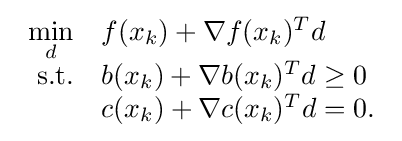
{\begin{array}{rl}\min \limits _{d}&f(x_{k})+\nabla f(x_{k})^{T}d\\\mathrm {s.t.} &b(x_{k})+\nabla b(x_{k})^{T}d\geq 0\\&c(x_{k})+\nabla c(x_{k})^{T}d=0.\end{array}}